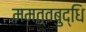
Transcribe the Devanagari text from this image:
ममत्वबुद्धि